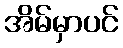
အိမ်မှာပင်